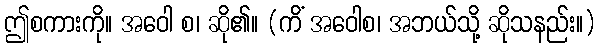
ဤစကားကို။ အဝေါ စ၊ ဆို၏။ (ကိံ အဝေါစ၊ အဘယ်သို့ ဆိုသနည်း။)